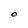
Character: O